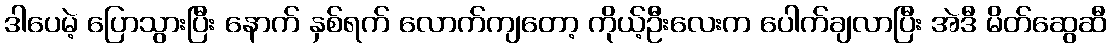
ဒါပေမဲ့ ပြောသွားပြီး နောက် နှစ်ရက် လောက်ကျတော့ ကိုယ့်ဦးလေးက ပေါက်ချလာပြီး အဲဒီ မိတ်ဆွေဆီ